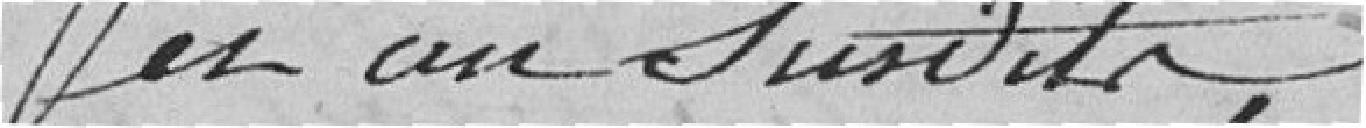
an susdits,